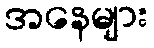
အနေများ